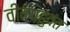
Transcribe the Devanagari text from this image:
वीवंगहुवंत